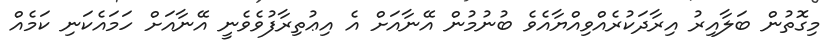
މިގޮތުން ބަލާއިރު އިރާދަކުރެއްވިއްޔާއެވެ ބުނުމުން އޭނާއަށް އެ އިޢުތިރާފުވެވެނީ އޭނާއަށް ހަމައެކަނި ކަމެއް